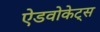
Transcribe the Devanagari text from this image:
ऐडवोकेट्स